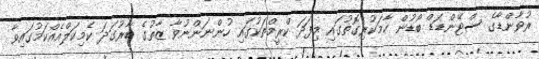
ރުވާންޑާގެ ސްޓޭންޑަޑް ބޯޑުން ހާމަކުރިގޮތުގައި މިފަދަ ކްރީމްތަކުގައި ހުންނަންނުވާ ޒާތުގެ ބާރުގަދަ ކެމިކަލްއެއްކަމުގައިވާ